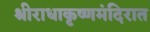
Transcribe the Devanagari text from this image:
श्रीराधाकृष्णमंदिरात